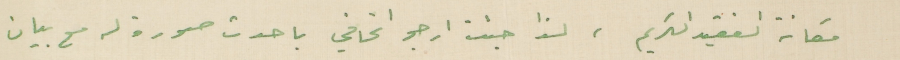
مكانة الفقيد الكريم، لذا جئت ارجو اتحافي باحدث صورة له مع بيان